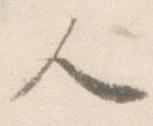
人